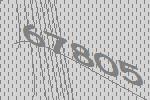
67805